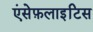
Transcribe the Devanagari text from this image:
एंसेफ़लाइटिस